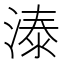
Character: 溙